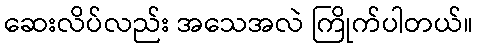
ဆေးလိပ်လည်း အသေအလဲ ကြိုက်ပါတယ်။